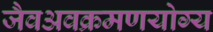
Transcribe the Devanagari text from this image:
जैवअवक्रमणयोग्य